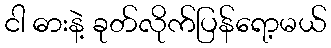
ငါ ဓားနဲ့ ခုတ်လိုက်ပြန်ရော့မယ်